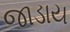
જાડાય